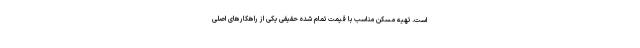
است. تهیه مسکن مناسب با قیمت تمام شده حقیقی یکی از راهکارهای اصلی